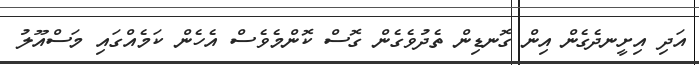
އަދި އިށީނދެގެން އިން ގޮނޑިން ތެދުވެގެން ގޮސް ކޮންމެވެސް އެހެން ކަމެއްގައި މަސްއޫލު